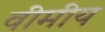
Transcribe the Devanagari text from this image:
वीमीय